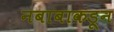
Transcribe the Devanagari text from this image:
नबाबाकडून